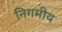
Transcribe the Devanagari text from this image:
निगमीय